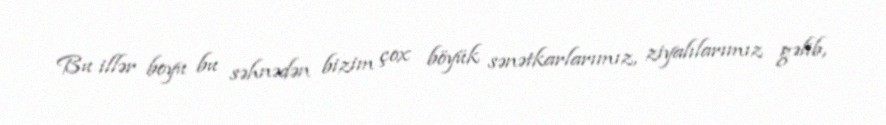
Bu illər boyu bu səhnədən bizim çox böyük sənətkarlarımız, ziyalılarımız gəlib,